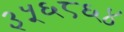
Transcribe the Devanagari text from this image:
३५६८६४